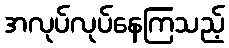
အလုပ်လုပ်နေကြသည့်